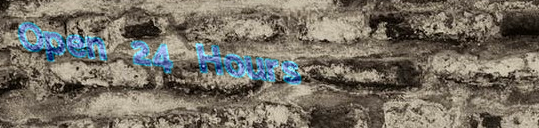
Open 24 Hours